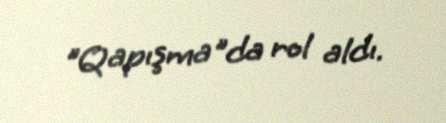
"Qapışma"da rol aldı.